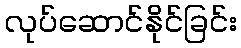
လုပ်ဆောင်နိုင်ခြင်း